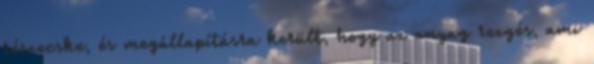
részecske, és megállapításra került, hogy az anyag rezgés, ami